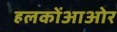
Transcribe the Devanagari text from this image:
हलकोंआओर